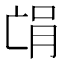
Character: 𫡻